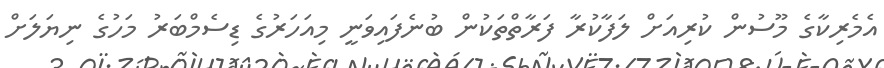
އެމެރިކާގެ މޫސުން ކުރިއަށް ލަފާކުރާ ފަރާތްތަކުން ބުނެފައިވަނީ މިއަހަރުގެ ޑިސެމްބަރު މަހުގެ ނިޔަލަށް